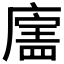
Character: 𪪣